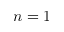
n = 1